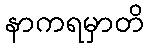
နာကရမှာတိ